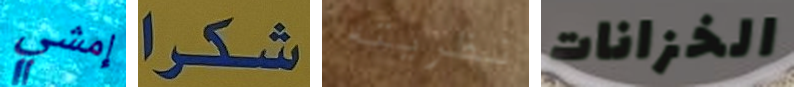
إمشي شكرا نظريته الخزانات